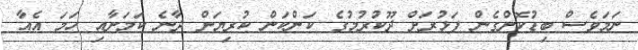
ނަމަވެސް ބިޑުކޮށްގެން ފަޅުރަށް ދޫކުރުމުގެ ކަންކަން ކުރިޔަށް ދާނެ ކަމަށާއި ހަމަ އެއާ